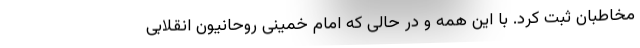
مخاطبان ثبت کرد. با این همه و در حالی که امام خمینی روحانیون انقلابی